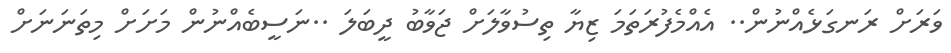
ވަރަށް ރަނގަޅެއްނުން.. އެއްމެފުރަތަމަ ޒިޔާ ތިސުވާލަށް ޖަވާބު ދީބަލަ ..ނަސީބެއްނުން މަށަށް މިތަނަނަށް